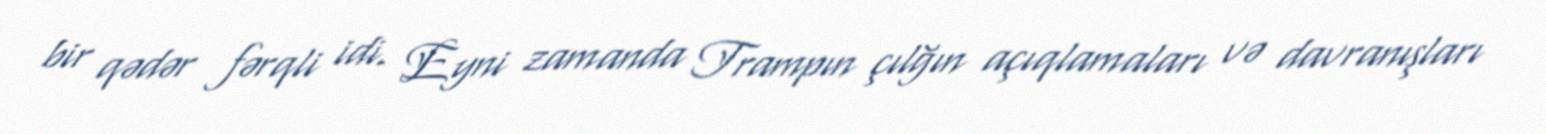
bir qədər fərqli idi. Eyni zamanda Trampın çılğın açıqlamaları və davranışları